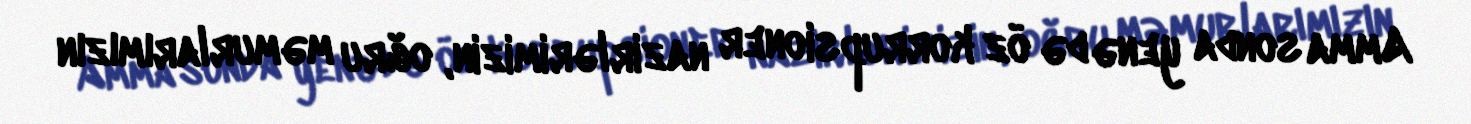
Amma sonda yenə də öz korrupsioner nazirlərimizin, oğru məmurlarımızın